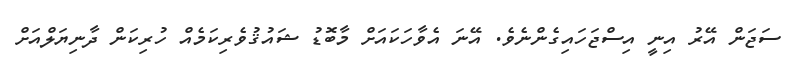
ސަޖަން އޭރު އިނީ އިސްޖަހައިގެންނެވެ. އޭނަ އެވާހަކައަށް މާބޮޑު ޝައުޤުވެރިކަމެއް ހުރިކަން ދާނިޔަލްއަށް